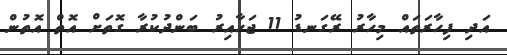
އަދި ފިހާރަތައް މިހާރު ރޭގަނޑު 11 ޖަހާއިރު ބަންދުކުރާ ގޮތަށް އޮތް އޮތުން